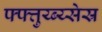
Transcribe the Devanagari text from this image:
फ्फ्त्तुय्ब्य्सेस्र